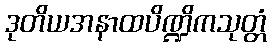
ဒုတိယအနာထပိဏ္ဍိကသုတ္တံ